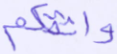
واثقكم